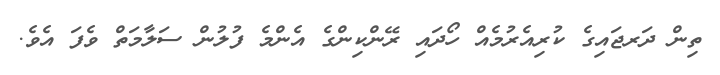
ތިން ދަރޖައިގެ ކުރިއެރުމެއް ހޯދައި ރޭންކިންގެ އެންމެ ފުލުން ސަލާމަތް ވެފަ އެވެ.